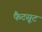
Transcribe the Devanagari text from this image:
फैटसूट